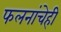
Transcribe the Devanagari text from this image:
फलनांचेही